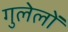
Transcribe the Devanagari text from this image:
गुलेलों